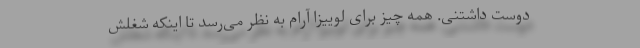
دوست داشتنی. همه چیز برای لوییزا آرام به نظر می‌رسد تا اینکه شغلش